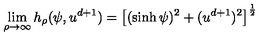
\lim _ { \rho \to \infty } h _ { \rho } ( \psi , u ^ { d + 1 } ) = \left[ ( \sinh \psi ) ^ { 2 } + ( u ^ { d + 1 } ) ^ { 2 } \right] ^ { \frac { 1 } { 2 } }